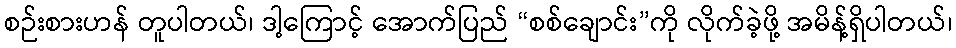
စဉ်းစားဟန် တူပါတယ်၊ ဒါ့ကြောင့် အောက်ပြည် “စစ်ချောင်း”ကို လိုက်ခဲ့ဖို့ အမိန့်ရှိပါတယ်၊